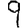
Digit: 9